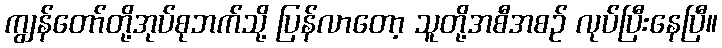
ကျွန်တော်တို့အုပ်စုဘက်သို့ ပြန်လာတော့ သူတို့အစီအစဉ် လုပ်ပြီးနေပြီ။